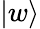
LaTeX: |w\rangle